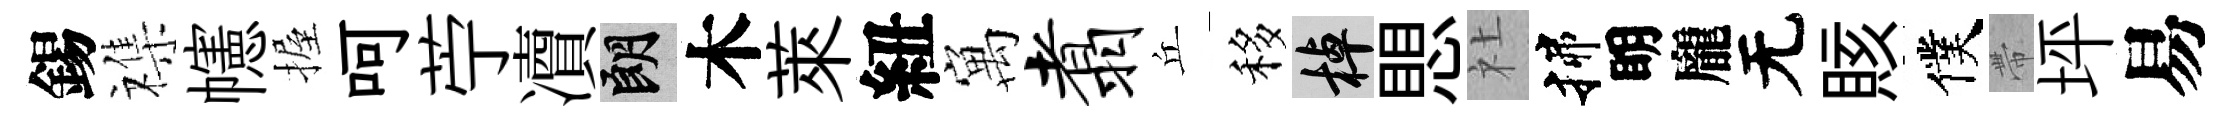
錫襍幰握呵苧凟朗木萊紐寓翥丘移棹愳社揲眀龐无賅僕帶坪易